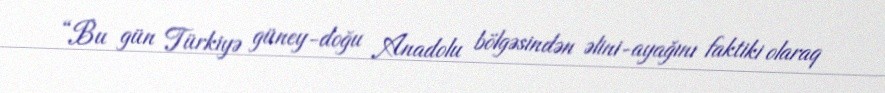
“Bu gün Türkiyə güney-doğu Anadolu bölgəsindən əlini-ayağını faktiki olaraq